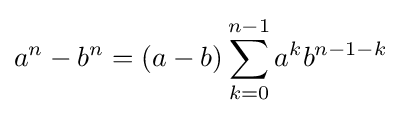
a^{n}-b^{n}=(a-b)\sum _{k=0}^{n-1}a^{k}b^{n-1-k}